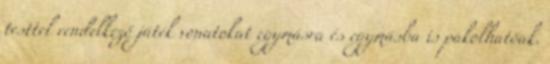
testtel rendelkező játék vonatokat egymásra és egymásba is pakolhatóak.